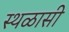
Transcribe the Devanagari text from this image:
स्थळासी